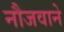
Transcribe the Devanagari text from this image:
नौजवाने